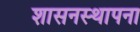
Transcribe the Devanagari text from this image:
शासनस्थापना